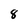
Character: 8